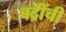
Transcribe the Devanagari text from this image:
बद्रींची